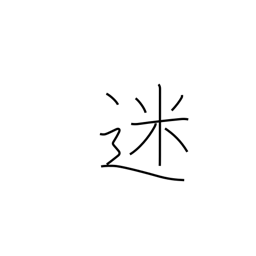
Meaning: in doubt